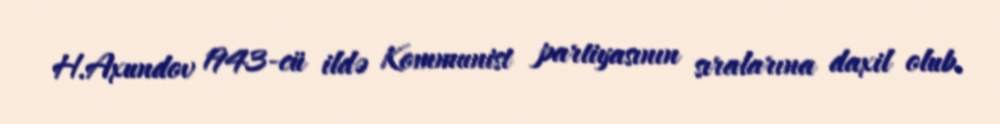
H.Axundov 1943-cü ildə Kommunist partiyasının sıralarına daxil olub.